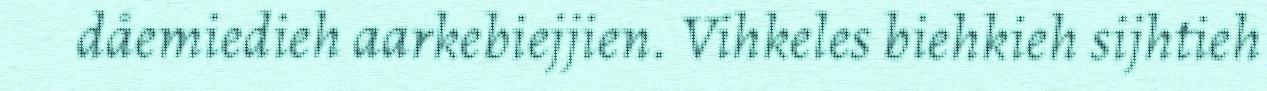
dåemiedieh aarkebiejjien. Vihkeles biehkieh sijhtieh